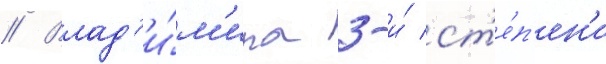
// Влад'и́м'ира 3-и́ ст'е́п'ен'и